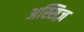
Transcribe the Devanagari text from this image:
अस्सिज़